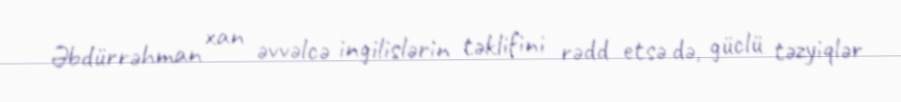
Əbdürrəhman xan əvvəlcə ingilislərin təklifini rədd etsə də, güclü təzyiqlər